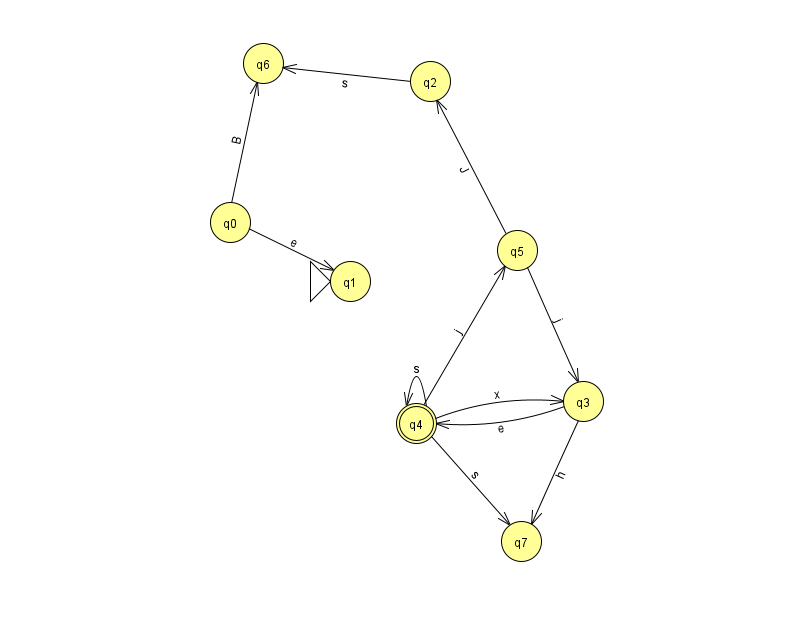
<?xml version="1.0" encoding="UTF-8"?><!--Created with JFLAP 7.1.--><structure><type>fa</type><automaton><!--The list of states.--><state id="0" name="q0"><x>230.0</x><y>209.0</y></state><state id="1" name="q1"><x>350.0</x><y>268.0</y><initial/></state><state id="2" name="q2"><x>430.0</x><y>68.0</y></state><state id="3" name="q3"><x>583.0</x><y>388.0</y></state><state id="4" name="q4"><x>416.0</x><y>410.0</y><final/></state><state id="5" name="q5"><x>517.0</x><y>237.0</y></state><state id="6" name="q6"><x>263.0</x><y>50.0</y></state><state id="7" name="q7"><x>521.0</x><y>528.0</y></state><!--The list of transitions.--><transition><from>0</from><to>1</to><read>e</read></transition><transition><from>4</from><to>4</to><read>s</read></transition><transition><from>4</from><to>5</to><read>j</read></transition><transition><from>0</from><to>6</to><read>B</read></transition><transition><from>4</from><to>3</to><read>x</read></transition><transition><from>3</from><to>7</to><read>h</read></transition><transition><from>3</from><to>4</to><read>e</read></transition><transition><from>5</from><to>3</to><read>j</read></transition><transition><from>2</from><to>6</to><read>s</read></transition><transition><from>4</from><to>7</to><read>s</read></transition><transition><from>5</from><to>2</to><read>J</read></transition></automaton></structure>